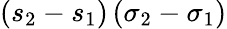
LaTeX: (s_{2}-s_{1})\, (\sigma_{2}-\sigma_{1})